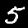
Label: 5